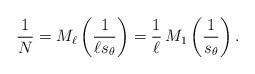
LaTeX: \begin{align*}\frac{1}{N}=M_\ell\left(\frac{1}{\ell s_\theta}\right)=\frac{1}{\ell}\,M_1\left(\frac{1}{s_\theta}\right).\end{align*}